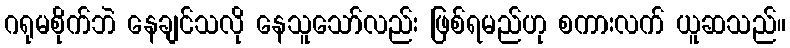
ဂရုမစိုက်ဘဲ နေချင်သလို နေသူသော်လည်း ဖြစ်ရမည်ဟု စကားလက် ယူဆသည်။